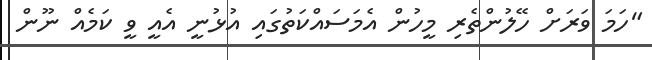
"ހަމަ ވަރަށް ހޭލުންތެރި މީހުން އެމަސައްކަތުގައި އުޅުނީ އެއީ ވީ ކަމެއް ނޫން